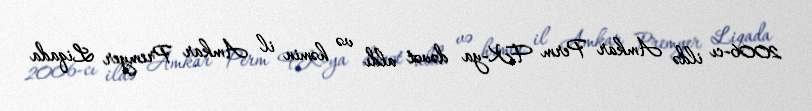
2006-cı ildə Amkar Perm FK-ya dəvət aldı və həmin il Amkar Premyer Liqada